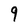
Character: 9